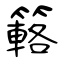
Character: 簵